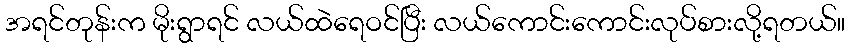
အရင်တုန်းက မိုးရွာရင် လယ်ထဲရေဝင်ပြီး လယ်ကောင်းကောင်းလုပ်စားလို့ရတယ်။